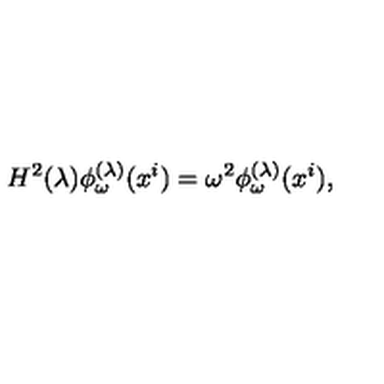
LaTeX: H ^ { 2 } ( \lambda ) \phi _ { \omega } ^ { ( \lambda ) } ( x ^ { i } ) = \omega ^ { 2 } \phi _ { \omega } ^ { ( \lambda ) } ( x ^ { i } ) ,